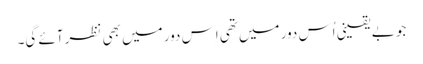
جو بے یقینی اُس دور میں تھی اِس دور میں بھی نظر آئے گی۔